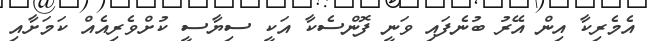
އެމެރިކާ އިން އޭރު ބުނެފައި ވަނީ ފޮންސެކާ އަކީ ސިޔާސީ ކުށްވެރިއެއް ކަމަށާއި